Indian journal of veterinary science and animal husbandry - Volume 3,
Year: 1933
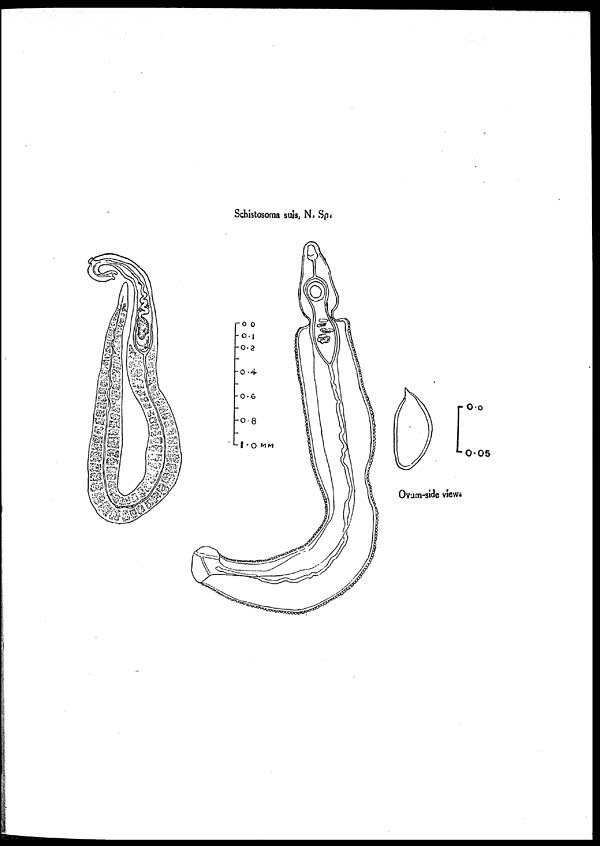
Schistosoma suis, N. Sp.
Ovum-side view.